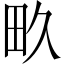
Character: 畂